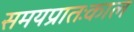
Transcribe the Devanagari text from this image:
समयप्रातःकाल